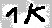
Text: 1K